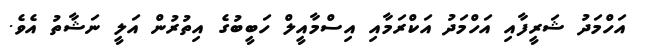
އަހްމަދު ޝަރީފާއި އަހްމަދު އަކްރަމާއި އިސްމާއީލް ހަބީބުގެ އިތުރުން އަލީ ނަޝާތު އެވެ.